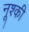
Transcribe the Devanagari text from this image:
नूश्की